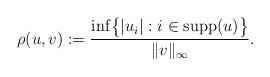
LaTeX: \begin{align*}\rho(u,v) := \frac{\inf\bigl\{|u_i| : i \in \mathop{{\rm supp}}(u)\bigr\}}{\|v\|_\infty}.\end{align*}